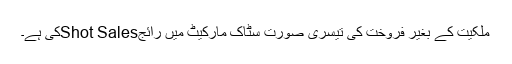
ملکیت کے بغیر فروخت کی تیسری صورت سٹاک مارکیٹ میں رائجShot Salesکی ہے۔